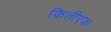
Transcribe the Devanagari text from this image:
कितीएक